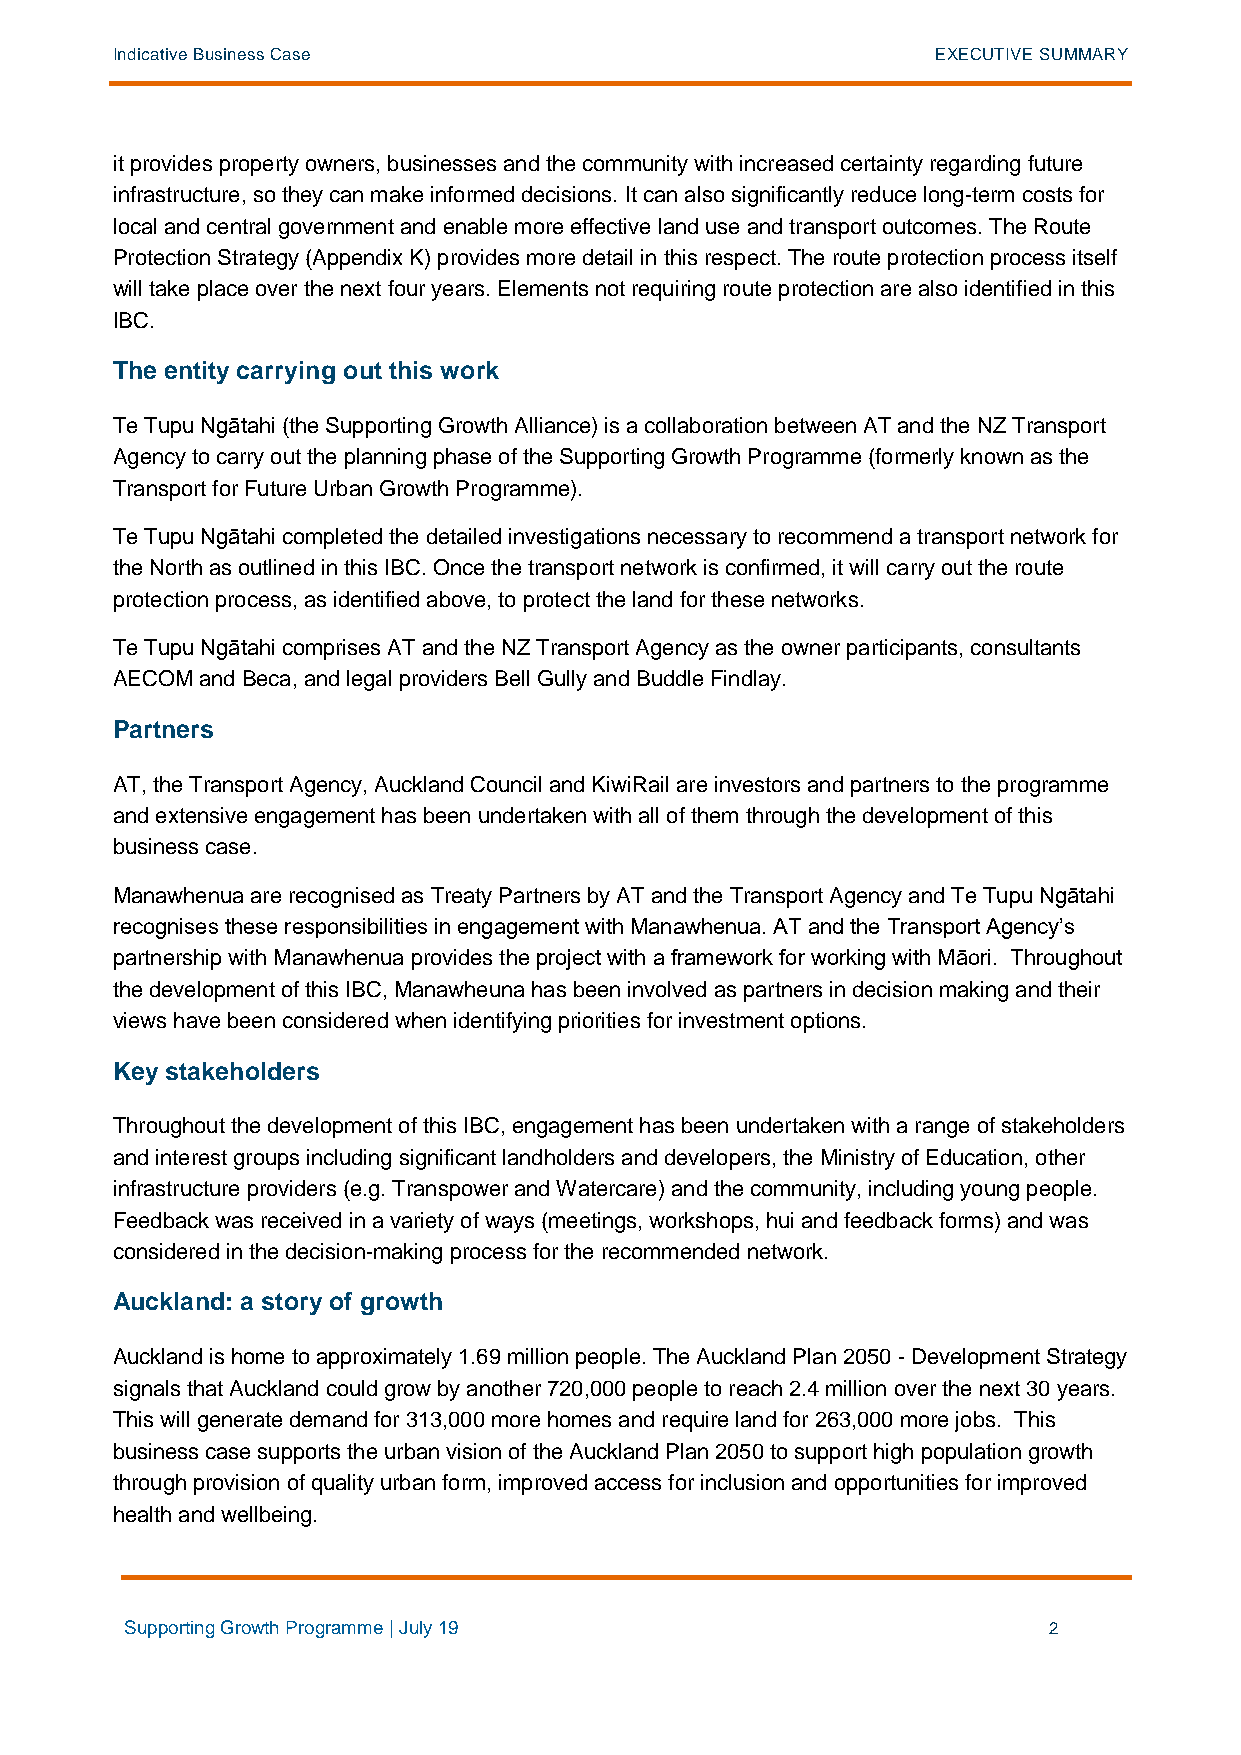
Indicative Business Case                               EXECUTIVE SUMMARY
 it provides property owners, businesses and the community with increased certainty regarding future
 infrastructure, so they can make informed decisions. It can also significantly reduce long-term costs for
 local and central government and enable more effective land use and transport outcomes. The Route
 Protection Strategy (Appendix K) provides more detail in this respect. The route protection process itself
 will take place over the next four years. Elements not requiring route protection are also identified in this
 IBC.
 The entity carrying out this work
 Te Tupu Ngātahi (the Supporting Growth Alliance) is a collaboration between AT and the NZ Transport
 Agency to carry out the planning phase of the Supporting Growth Programme (formerly known as the
 Transport for Future Urban Growth Programme).
 Te Tupu Ngātahi completed the detailed investigations necessary to recommend a transport network for
 the North as outlined in this IBC. Once the transport network is confirmed, it will carry out the route
 protection process, as identified above, to protect the land for these networks.
 Te Tupu Ngātahi comprises AT and the NZ Transport Agency as the owner participants, consultants
 AECOM and Beca, and legal providers Bell Gully and Buddle Findlay.
 Partners
 AT, the Transport Agency, Auckland Council and KiwiRail are investors and partners to the programme
 and extensive engagement has been undertaken with all of them through the development of this
 business case.
 Manawhenua are recognised as Treaty Partners by AT and the Transport Agency and Te Tupu Ngātahi
 recognises these responsibilities in engagement with Manawhenua. AT and the Transport Agency’s
 partnership with Manawhenua provides the project with a framework for working with Māori. Throughout
 the development of this IBC, Manawheuna has been involved as partners in decision making and their
 views have been considered when identifying priorities for investment options.
 Key stakeholders
 Throughout the development of this IBC, engagement has been undertaken with a range of stakeholders
 and interest groups including significant landholders and developers, the Ministry of Education, other
 infrastructure providers (e.g. Transpower and Watercare) and the community, including young people.
 Feedback was received in a variety of ways (meetings, workshops, hui and feedback forms) and was
 considered in the decision-making process for the recommended network.
 Auckland: a story of growth
 Auckland is home to approximately 1.69 million people. The Auckland Plan 2050 - Development Strategy
 signals that Auckland could grow by another 720,000 people to reach 2.4 million over the next 30 years.
 This will generate demand for 313,000 more homes and require land for 263,000 more jobs. This
 business case supports the urban vision of the Auckland Plan 2050 to support high population growth
 through provision of quality urban form, improved access for inclusion and opportunities for improved
 health and wellbeing.
 Supporting Growth Programme | July 19                        2